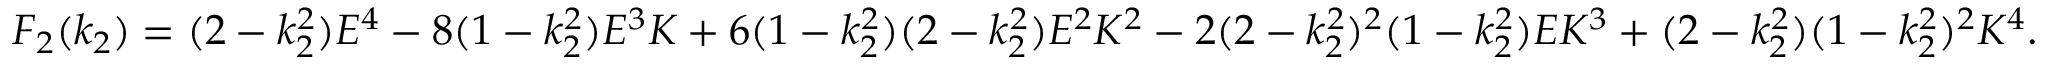
\begin{array} { r } { F _ { 2 } ( k _ { 2 } ) = ( 2 - k _ { 2 } ^ { 2 } ) E ^ { 4 } - 8 ( 1 - k _ { 2 } ^ { 2 } ) E ^ { 3 } K + 6 ( 1 - k _ { 2 } ^ { 2 } ) ( 2 - k _ { 2 } ^ { 2 } ) E ^ { 2 } K ^ { 2 } - 2 ( 2 - k _ { 2 } ^ { 2 } ) ^ { 2 } ( 1 - k _ { 2 } ^ { 2 } ) E K ^ { 3 } + ( 2 - k _ { 2 } ^ { 2 } ) ( 1 - k _ { 2 } ^ { 2 } ) ^ { 2 } K ^ { 4 } . } \end{array}